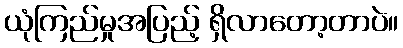
ယုံကြည်မှုအပြည့် ရှိလာတော့တာပဲ။